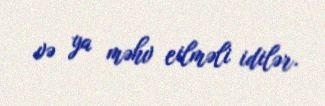
və ya məhv eilməli idilər.